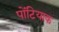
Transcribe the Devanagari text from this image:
पोंटियाक